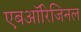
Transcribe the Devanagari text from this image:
एबऑरिजिनल